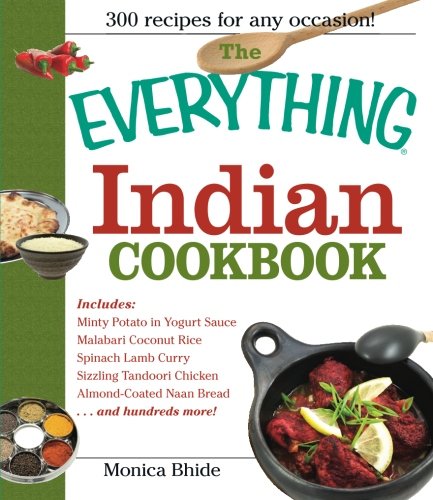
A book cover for The Everything Indian Cookbook: 300 Tantalizing Recipes--From Sizzling Tandoori Chicken to Fiery Lamb Vindaloo; Monica Bhide; Cookbooks, Food & Wine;